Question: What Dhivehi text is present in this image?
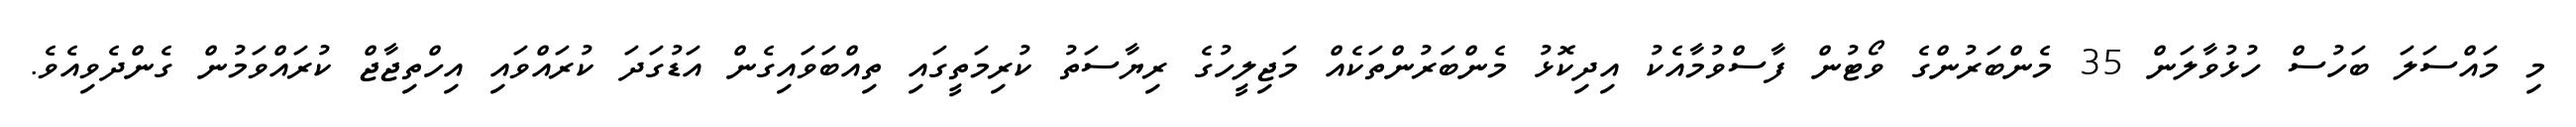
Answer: މި މައްސަލަ ބަހުސް ހުޅުވާލަން 35 މެންބަރުންގެ ވޯޓުން ފާސްވުމާއެކު އިދިކޮޅު މެންބަރުންތަކެއް މަޖިލީހުގެ ރިޔާސަތު ކުރިމަތީގައި ތިއްބަވައިގެން އަޑުގަދަ ކުރައްވައި އިހްތިޖާޖް ކުރައްވަމުން ގެންދެވިއެވެ.